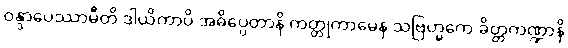
ဝန္ဒာပေဿာမီတိ ဒါယိကာပိ အဓိပ္ပေတာနိ ကတ္တုကာမေန သဗြဟ္မကေ ခိတ္တကဏ္ဍာနိ